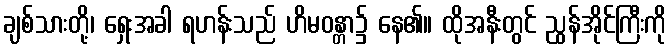
ချစ်သားတို့၊ ရှေးအခါ ရဟန်းသည် ဟိမဝန္တာ၌ နေ၏။ ထိုအနီးတွင် ညွန်အိုင်ကြီးကို